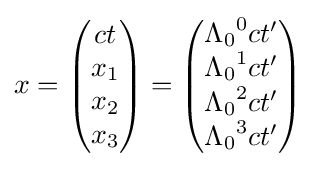
x={\begin{pmatrix}ct\\x_{1}\\x_{2}\\x_{3}\end{pmatrix}}={\begin{pmatrix}{\Lambda _{0}}^{0}ct'\\{\Lambda _{0}}^{1}ct'\\{\Lambda _{0}}^{2}ct'\\{\Lambda _{0}}^{3}ct'\end{pmatrix}}